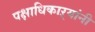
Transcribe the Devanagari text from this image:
पक्षाधिकाऱ्यांनी